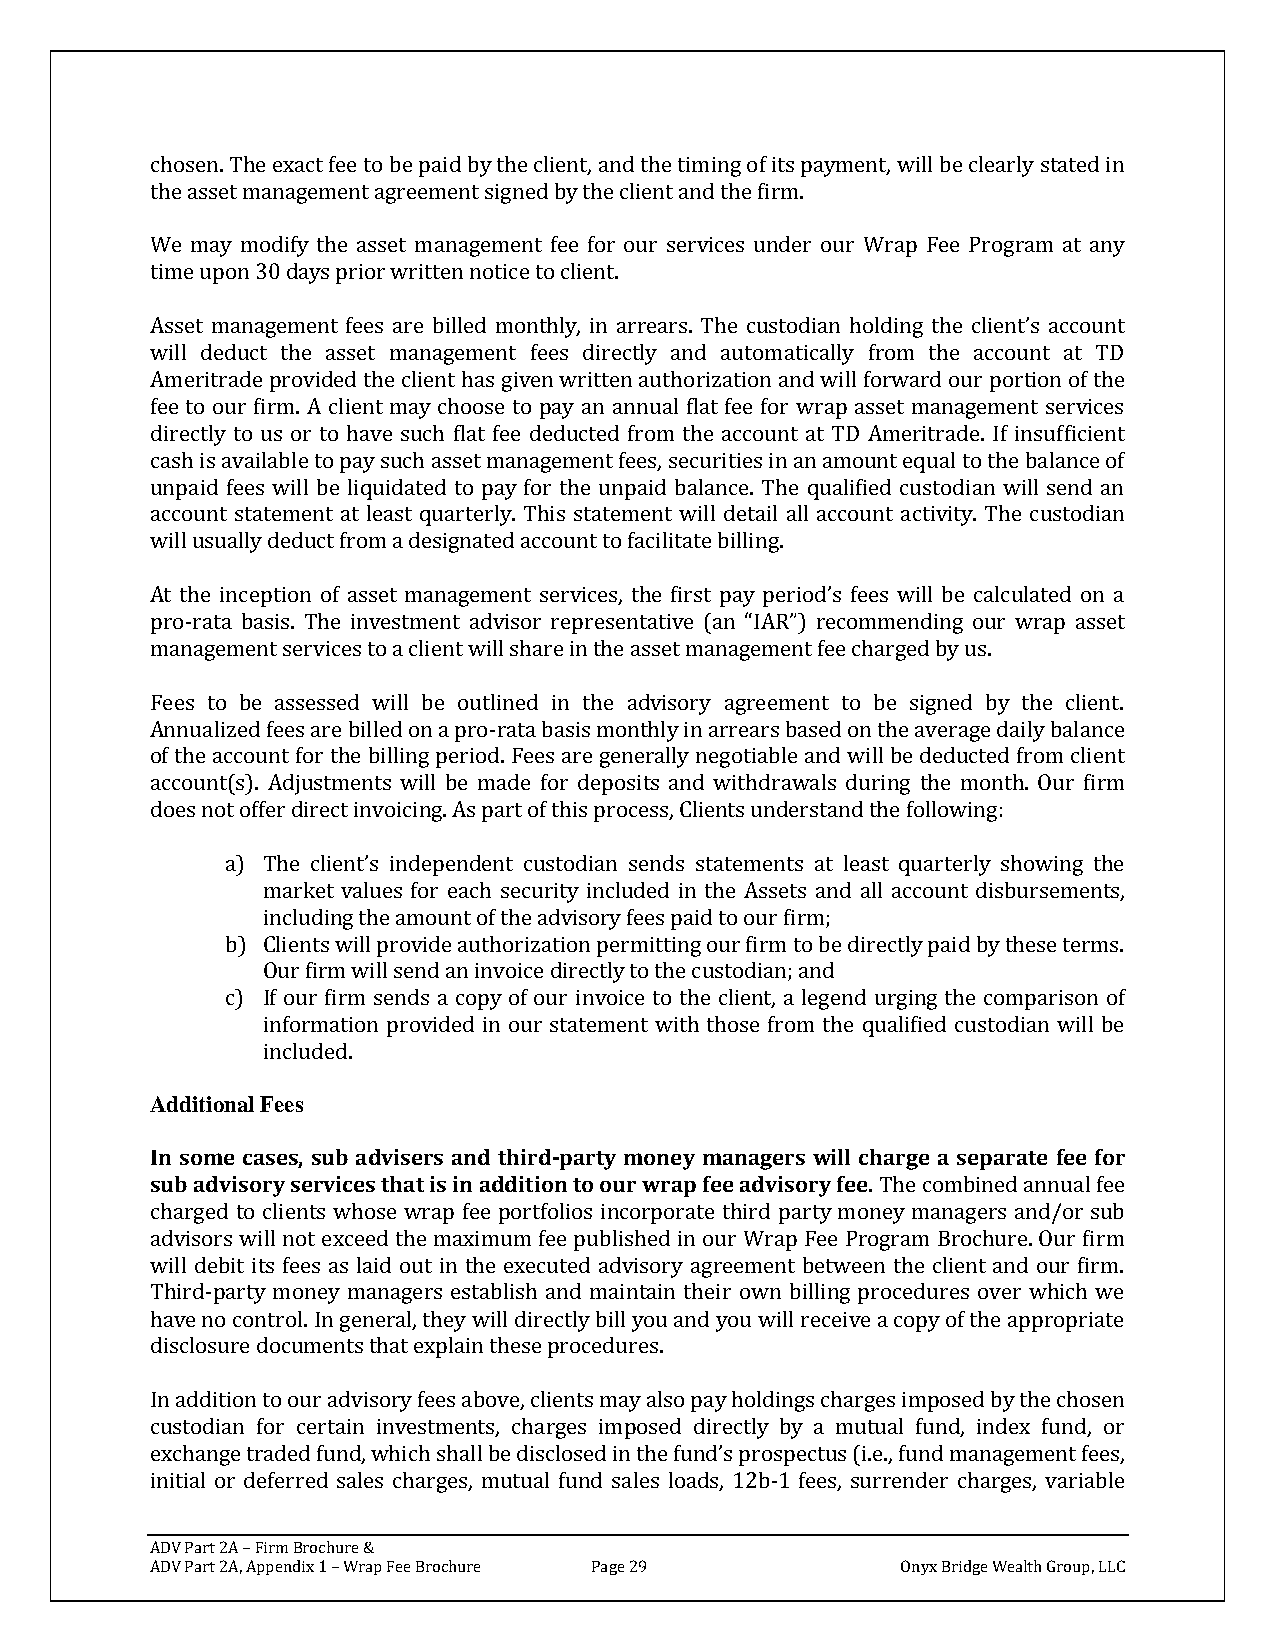
chosen. The exact fee to be paid by the client, and the timing of its payment, will be clearly stated in
 the asset management agreement signed by the client and the firm.
 We may modify the asset management fee for our services under our Wrap Fee Program at any
 time upon 30 days prior written notice to client.
 Asset management fees are billed monthly, in arrears. The custodian holding the client’s account
 will deduct the asset management fees directly and automatically from the account at TD
 Ameritrade provided the client has given written authorization and will forward our portion of the
 fee to our firm. A client may choose to pay an annual flat fee for wrap asset management services
 directly to us or to have such flat fee deducted from the account at TD Ameritrade. If insufficient
 cash is available to pay such asset management fees, securities in an amount equal to the balance of
 unpaid fees will be liquidated to pay for the unpaid balance. The qualified custodian will send an
 account statement at least quarterly. This statement will detail all account activity. The custodian
 will usually deduct from a designated account to facilitate billing.
 At the inception of asset management services, the first pay period’s fees will be calculated on a
 pro-rata basis. The investment advisor representative (an “IAR”) recommending our wrap asset
 management services to a client will share in the asset management fee charged by us.
 Fees to be assessed will be outlined in the advisory agreement to be signed by the client.
 Annualized fees are billed on a pro-rata basis monthly in arrears based on the average daily balance
 of the account for the billing period. Fees are generally negotiable and will be deducted from client
 account(s). Adjustments will be made for deposits and withdrawals during the month. Our firm
 does not offer direct invoicing. As part of this process, Clients understand the following:
 a) The client’s independent custodian sends statements at least quarterly showing the
 market values for each security included in the Assets and all account disbursements,
 including the amount of the advisory fees paid to our firm;
 b) Clients will provide authorization permitting our firm to be directly paid by these terms.
 Our firm will send an invoice directly to the custodian; and
 c) If our firm sends a copy of our invoice to the client, a legend urging the comparison of
 information provided in our statement with those from the qualified custodian will be
 included.
 Additional Fees
 In some cases, sub advisers and third-party money managers will charge a separate fee for
 sub advisory services that is in addition to our wrap fee advisory fee. The combined annual fee
 charged to clients whose wrap fee portfolios incorporate third party money managers and/or sub
 advisors will not exceed the maximum fee published in our Wrap Fee Program Brochure. Our firm
 will debit its fees as laid out in the executed advisory agreement between the client and our firm.
 Third-party money managers establish and maintain their own billing procedures over which we
 have no control. In general, they will directly bill you and you will receive a copy of the appropriate
 disclosure documents that explain these procedures.
 In addition to our advisory fees above, clients may also pay holdings charges imposed by the chosen
 custodian for certain investments, charges imposed directly by a mutual fund, index fund, or
 exchange traded fund, which shall be disclosed in the fund’s prospectus (i.e., fund management fees,
 initial or deferred sales charges, mutual fund sales loads, 12b-1 fees, surrender charges, variable
 ADV Part 2A – Firm Brochure &
 ADV Part 2A, Appendix 1 – Wrap Fee Brochure Page 29 Onyx Bridge Wealth Group, LLC